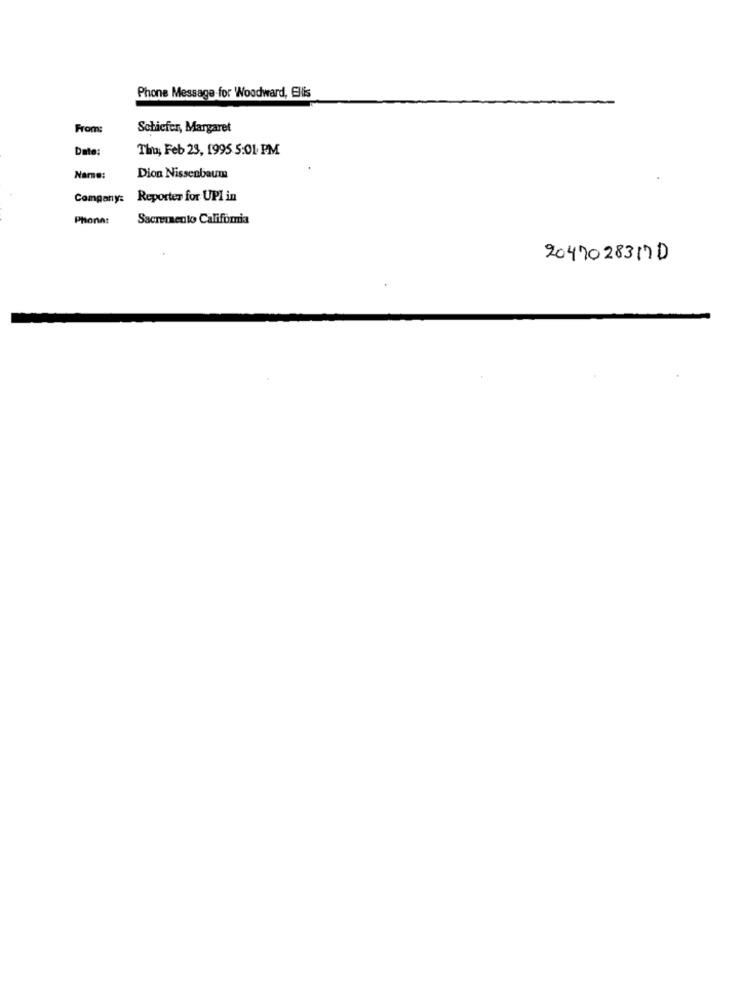
Phone Message for Woodward, Ellis
From:
Schiefer, Margaret
Date:
Thu, Feb 23, 1995 5:01 PM
Name:
Dion Nissenbaum
Company: Reporter for UPI in
Phones
Sacremento California
20470283170